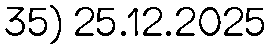
35) 25.12.2025